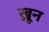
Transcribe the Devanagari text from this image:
ख्रून